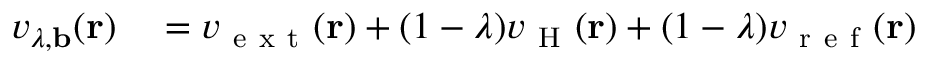
\begin{array} { r l } { v _ { \lambda , \mathbf { b } } ( \mathbf { r } ) } & { { } = v _ { \mathrm { ~ e ~ x ~ t ~ } } ( \mathbf { r } ) + ( 1 - \lambda ) v _ { \mathrm { ~ H ~ } } ( \mathbf { r } ) + ( 1 - \lambda ) v _ { \mathrm { ~ r ~ e ~ f ~ } } ( \mathbf { r } ) } \end{array}